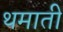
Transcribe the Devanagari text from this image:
थमाती